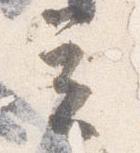
立